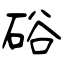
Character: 硲